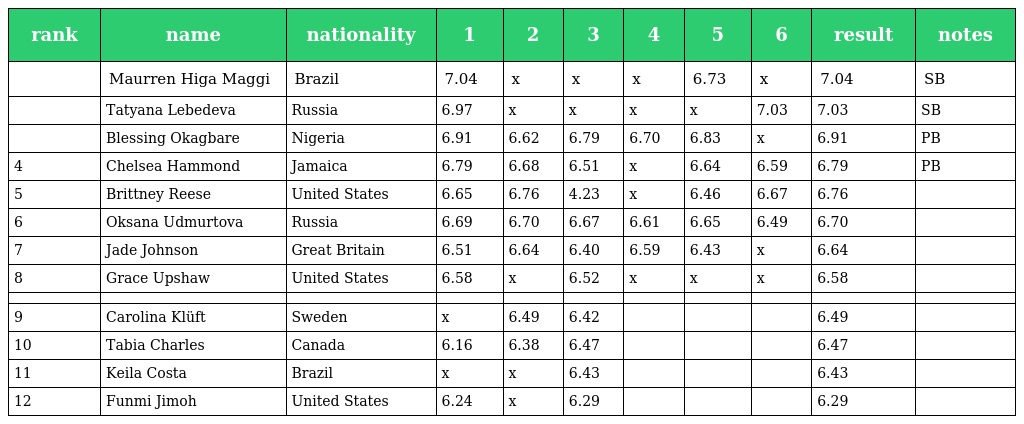
| rank | name | nationality | 1 | 2 | 3 | 4 | 5 | 6 | result | notes |
 | --- | --- | --- | --- | --- | --- | --- | --- | --- | --- | --- |
 |  | Maurren Higa Maggi | Brazil | 7.04 | x | x | x | 6.73 | x | 7.04 | SB |
 |  | Tatyana Lebedeva | Russia | 6.97 | x | x | x | x | 7.03 | 7.03 | SB |
 |  | Blessing Okagbare | Nigeria | 6.91 | 6.62 | 6.79 | 6.70 | 6.83 | x | 6.91 | PB |
 | 4 | Chelsea Hammond | Jamaica | 6.79 | 6.68 | 6.51 | x | 6.64 | 6.59 | 6.79 | PB |
 | 5 | Brittney Reese | United States | 6.65 | 6.76 | 4.23 | x | 6.46 | 6.67 | 6.76 |  |
 | 6 | Oksana Udmurtova | Russia | 6.69 | 6.70 | 6.67 | 6.61 | 6.65 | 6.49 | 6.70 |  |
 | 7 | Jade Johnson | Great Britain | 6.51 | 6.64 | 6.40 | 6.59 | 6.43 | x | 6.64 |  |
 | 8 | Grace Upshaw | United States | 6.58 | x | 6.52 | x | x | x | 6.58 |  |
 |  |  |  |  |  |  |  |  |  |  |  |
 | 9 | Carolina Klüft | Sweden | x | 6.49 | 6.42 |  |  |  | 6.49 |  |
 | 10 | Tabia Charles | Canada | 6.16 | 6.38 | 6.47 |  |  |  | 6.47 |  |
 | 11 | Keila Costa | Brazil | x | x | 6.43 |  |  |  | 6.43 |  |
 | 12 | Funmi Jimoh | United States | 6.24 | x | 6.29 |  |  |  | 6.29 |  |